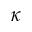
\kappa